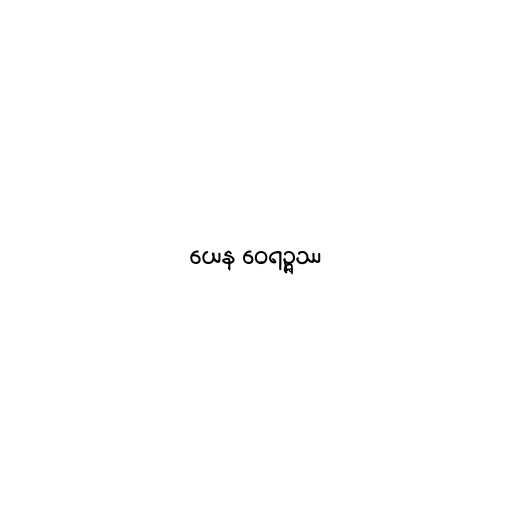
ယေန ဝေရဉ္ဇဿ